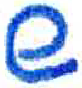
אות: ש